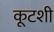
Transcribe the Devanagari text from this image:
कूटशी